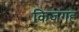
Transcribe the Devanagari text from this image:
किजगह